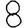
Digit: 8